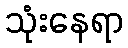
သုံးနေရာ